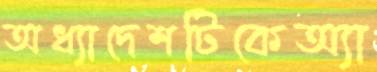
অধ্যাদেশটিকেঅ্যা